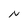
Character: N